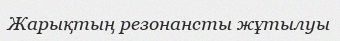
Жарықтың резонансты жұтылуы